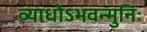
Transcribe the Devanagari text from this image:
व्याधोऽभवन्मुनिः